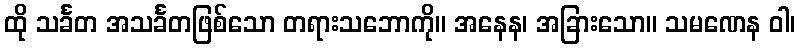
ထို သင်္ခတ အသင်္ခတဖြစ်သော တရားသဘောကို။ အနေန၊ အခြားသော။ သမဏေန ဝါ၊